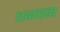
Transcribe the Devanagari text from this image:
चनचन